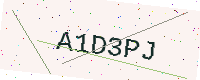
Text: A1D3PJ